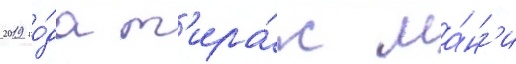
2019 го́да т'ира́ж ма́нг'и